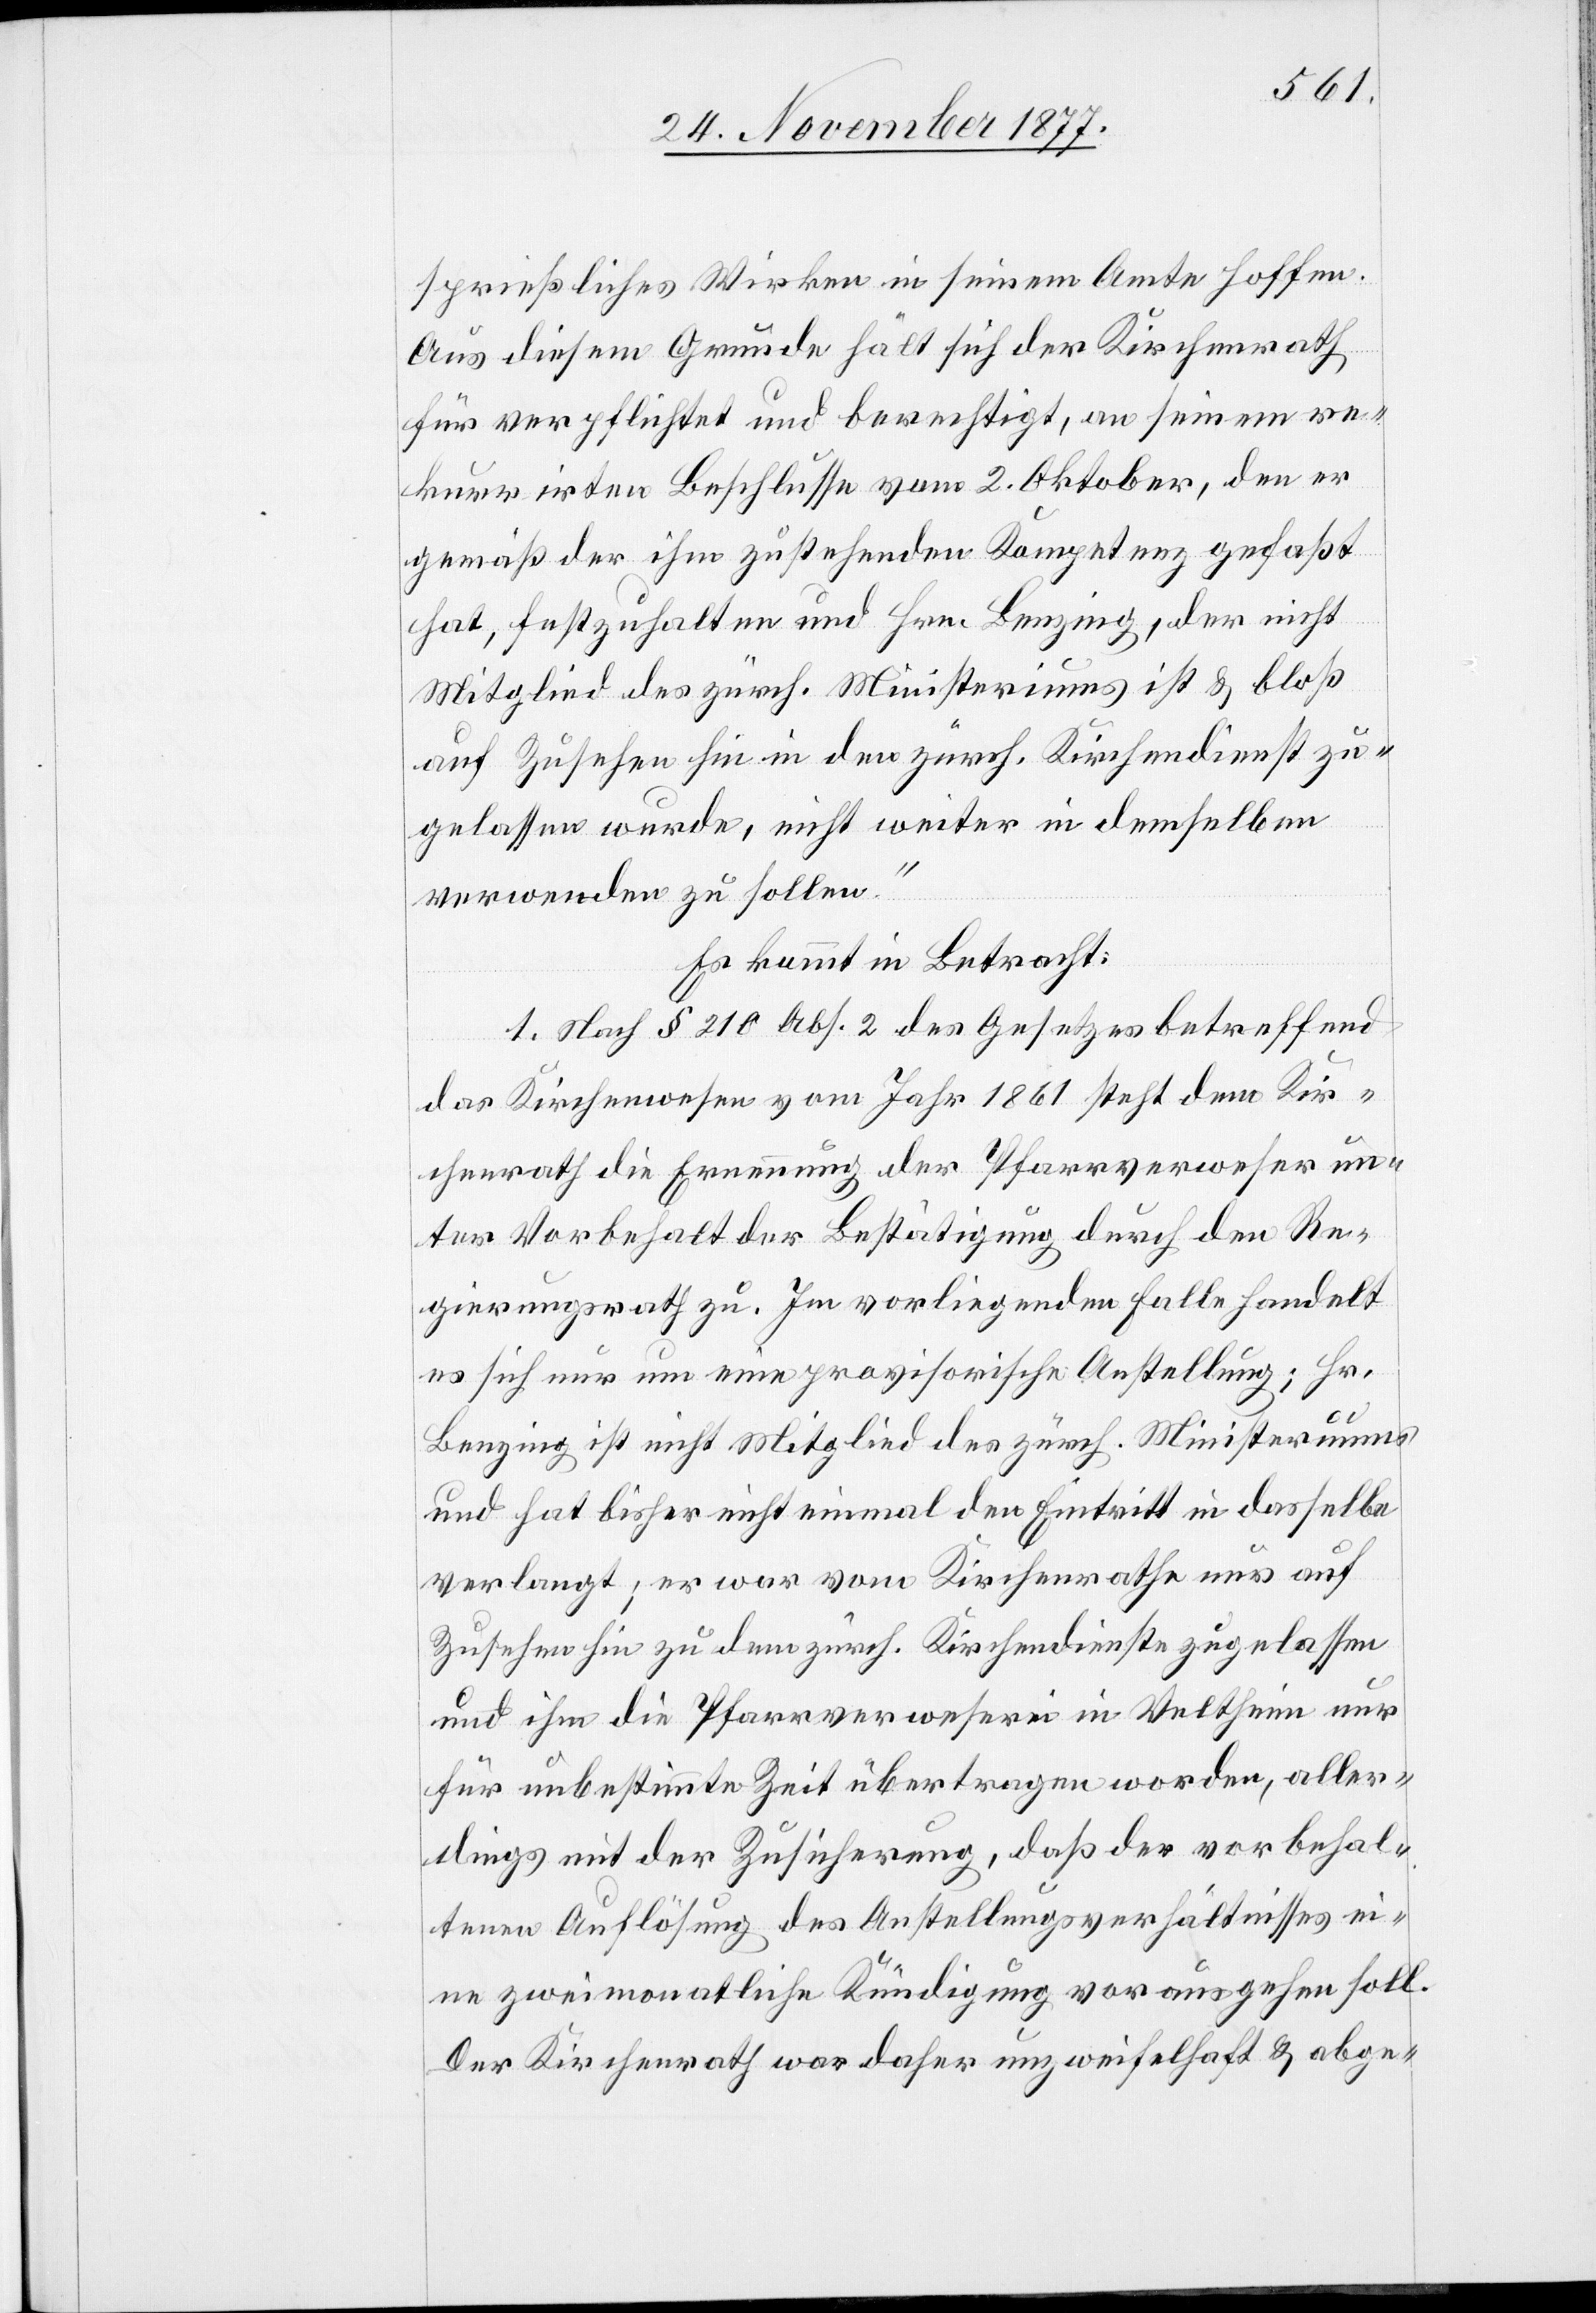
sprießliches Wirken in seinem Amte hoffen.
Aus diesem Grunde hält sich der Kirchenrath
für verpflichtet und berechtigt, an seinem re¬
kurrirten Beschlusse vom 2. Oktober, den er
gemäß der ihm zustehenden Kompetenz gefaßt
hat, festzuhalten und Hrn. Benzing, der nicht
Mitglied des zürch. Ministeriums ist & bloß
auf Zusehen hin in den zürch. Kirchendienst zu¬
gelassen wurde, nicht weiter in demselben
verwenden zu sollen.“
Es kommt in Betracht:
1. Nach § 210 Abs. 2 des Gesetzes betreffend
das Kirchenwesen vom Jahr 1861 steht dem Kir¬
chenrath die Ernennung der Pfarrverweser un¬
ter Vorbehalt der Bestätigung durch den Re¬
gierungsrath zu. Im vorliegenden Falle handelt
es sich nur um eine provisorische Anstellung; Hr.
Benzing ist nicht Mitglied des zürch. Ministeriums
und hat bisher nicht einmal den Eintritt in dasselbe
verlangt; er war vom Kirchenrathe nur auf
Zusehen hin zu dem zürch. Kirchendienste zugelassen
und ihm die Pfarrverweserei in Veltheim nur
für unbestimmte Zeit übertragen worden, aller¬
dings mit der Zusicherung, daß der vorbehal¬
tenen Auflösung des Anstellungsverhältnisses ei¬
ne zweimonatliche Kündigung vorausgehen soll.
Der Kirchenrath war daher unzweifelhaft & abge-